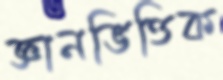
জ্ঞানভিত্তিক